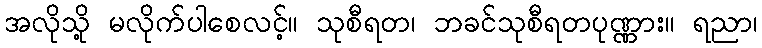
အလိုသို့ မလိုက်ပါစေလင့်။ သုစီရတ၊ ဘခင်သုစီရတပုဏ္ဏား။ ရညာ၊